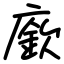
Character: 廞